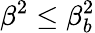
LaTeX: \beta^{2}\leq\beta_{b}^{2}